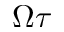
\Omega \tau